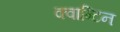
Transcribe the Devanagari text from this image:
क्वान्टिन